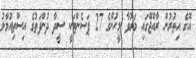
އޭގެ އިތުރުން ރާއްޖޭގައި މަރުވާ މީހުންގެ 27 ޕަސެންޓަކީ ސީދާ ދުންފަތުގެ އިސްތިއުމާލު